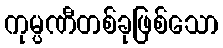
ကုမ္ပဏီတစ်ခုဖြစ်သော